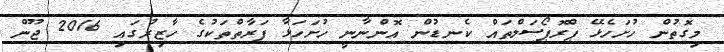
މިގޮތުން ހުށަހެޅޭ ޕްރޮޕޯސަލްތައް ކެނޑުން އޮންނާނީ ހުށަހަޅާ ފަރާތްތަކުގެ ހާޒިރުގައި 2016 ޖޫން